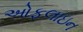
ઓફલાઇન